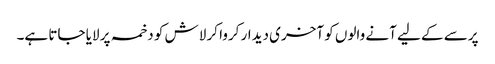
پرسے کے لیے آنے والوں کو آخری دیدار کروا کر لاش کو دخمہ پر لایا جاتا ہے۔